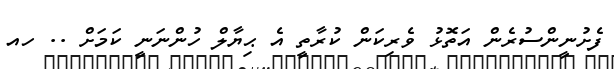
ފެށުނީންސުރެން އަތޮޅު ވެރިކަން ކުރާތީ އެ ޙިޔާލް ހުންނަނީ ކަމަށް .. ހއ